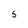
Character: 5